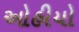
ઓહીયો